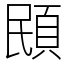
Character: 䪸